Statistics compiled by the Government of India from the reports of provincial Civil Veterinary Departments
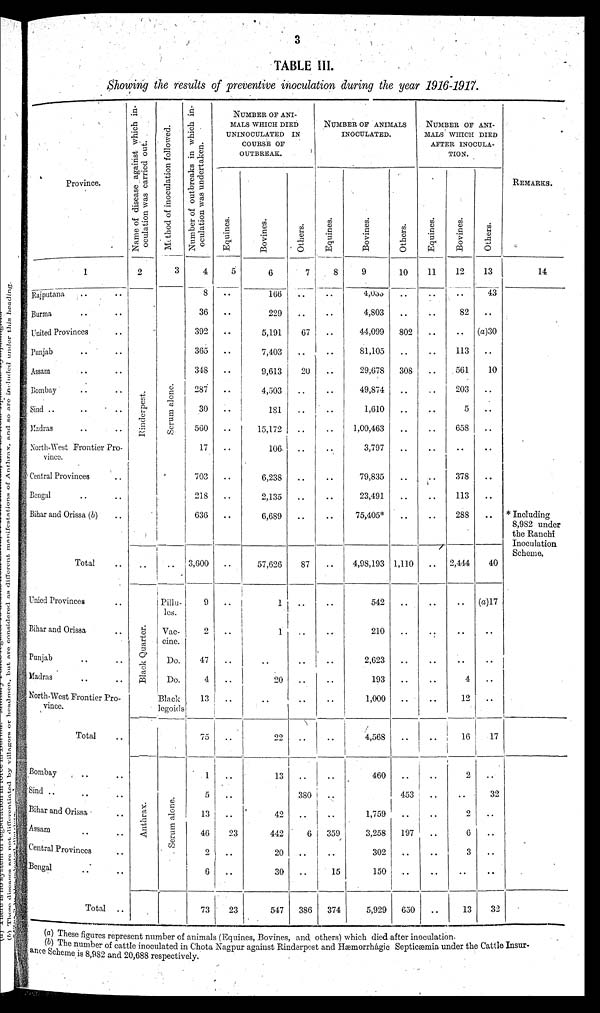
3
TABLE III.
Showing the results of preventive inoculation during the year 1916-1917.
Province.
1
Rajputana .. ..
Burma .. ..
United Provinces ..
Punjab .. ..
Assam .. ..
Bombay .. ..
Sind ..
.. ..
Madras .. ..
North-West Frontier Pro-
vince.
Central Provinces ..
Bengal .. ..
Bihar and Orissa (b) ..
Total ..
Unied Provinces ..
Bihar and Orissa ..
Punjab .. ..
Madras .. ..
North-West Frontier Pro-
vince.
Total ..
Bombay .. ..
Sind .. .. ..
Bihar and Orissa ..
Assam .. ..
Central Provinces ..
Bengal .. ..
Total
..
Name of disease against which in-
oculation was carried out.
2
Rinderpest.
..
Black Quarter.
Anthrax.
Mathod
of inoculation followed.
3
Serum alone.
..
Pillu-
les.
Vac-
cine.
Do.
Do.
Black
legoids
Serum alone.
Number of outbreaks in which in-
oculation was undertaken.
4
8
36
392
365
348
287
30
560
17
703
218
636
3,600
9
2
47
4
13
75
1
5
13
46
2
6
73
NUMBER OF ANI-
MALS WHICH DIED
UNINOCULATED IN
COURSE OF
OUTBREAK.
Equines.
5
..
..
..
..
..
..
..
..
..
..
..
..
..
..
..
..
..
..
..
..
..
..
..
23
..
..
23
Bovines.
6
166
229
5,191
7,403
9,613
4,503
181
15,172
106
6,238
2,135
6,689
57,626
1
1
..
20
..
22
13
42
442
20
30
547
Others.
7
..
..
67
..
20
..
..
..
..
..
..
..
87
..
..
..
..
..
..
..
380
..
6
..
..
386
NUMBER OF ANIMALS
INOCULATED.
Equines.
8
..
..
..
..
..
..
..
..
..
..
..
..
..
..
..
..
..
..
..
..
..
..
359
..
15
374
Bovines.
9
4,033
4,803
44,099
81,105
29,678
49,874
1,610
1,00,463
3,797
79,835
23,491
75,405*
4,98,193
542
210
2,623
193
1,000
4,568
460
1,759
3,258
302
150
5,929
Others.
10
..
..
802
..
308
..
..
..
..
..
..
..
1,110
..
..
..
..
..
..
..
453
..
197
..
..
650
NUMBER OF ANI-
MALS WHICH DIED
AFTER INOCULA-
TION.
Equines.
11
..
..
..
..
..
..
..
..
..
..
..
..
..
..
..
..
..
..
..
..
..
..
..
..
..
..
Bovines.
12
..
82
..
113
561
203
5
658
..
378
113
288
2,444
..
..
..
4
12
16
2
..
2
6
3
..
13
Others.
13
43
..
(a)30
..
10
..
..
..
..
..
..
..
40
(a)17
..
..
..
..
17
..
32
..
..
..
..
32
REMARKS.
14
* Including
8,982 under
the Ranchi
Inoculation
Scheme.
(a) These figures represent number of animals (Equines, Bovines, and others) which died after inoculation.
(b) The number
of cattle inoculated in Chota Nagpur against Rinderpest and Hæmorrhágic Septicæmia under the Cattle Insur-
ance Scheme is 8,982 and 20,688 respectively.